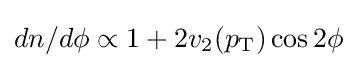
dn/d\phi \propto 1+2v_{2}(p_{\mathrm {T} })\cos 2\phi